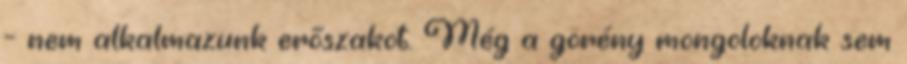
– nem alkalmazunk erőszakot. Még a görény mongoloknak sem